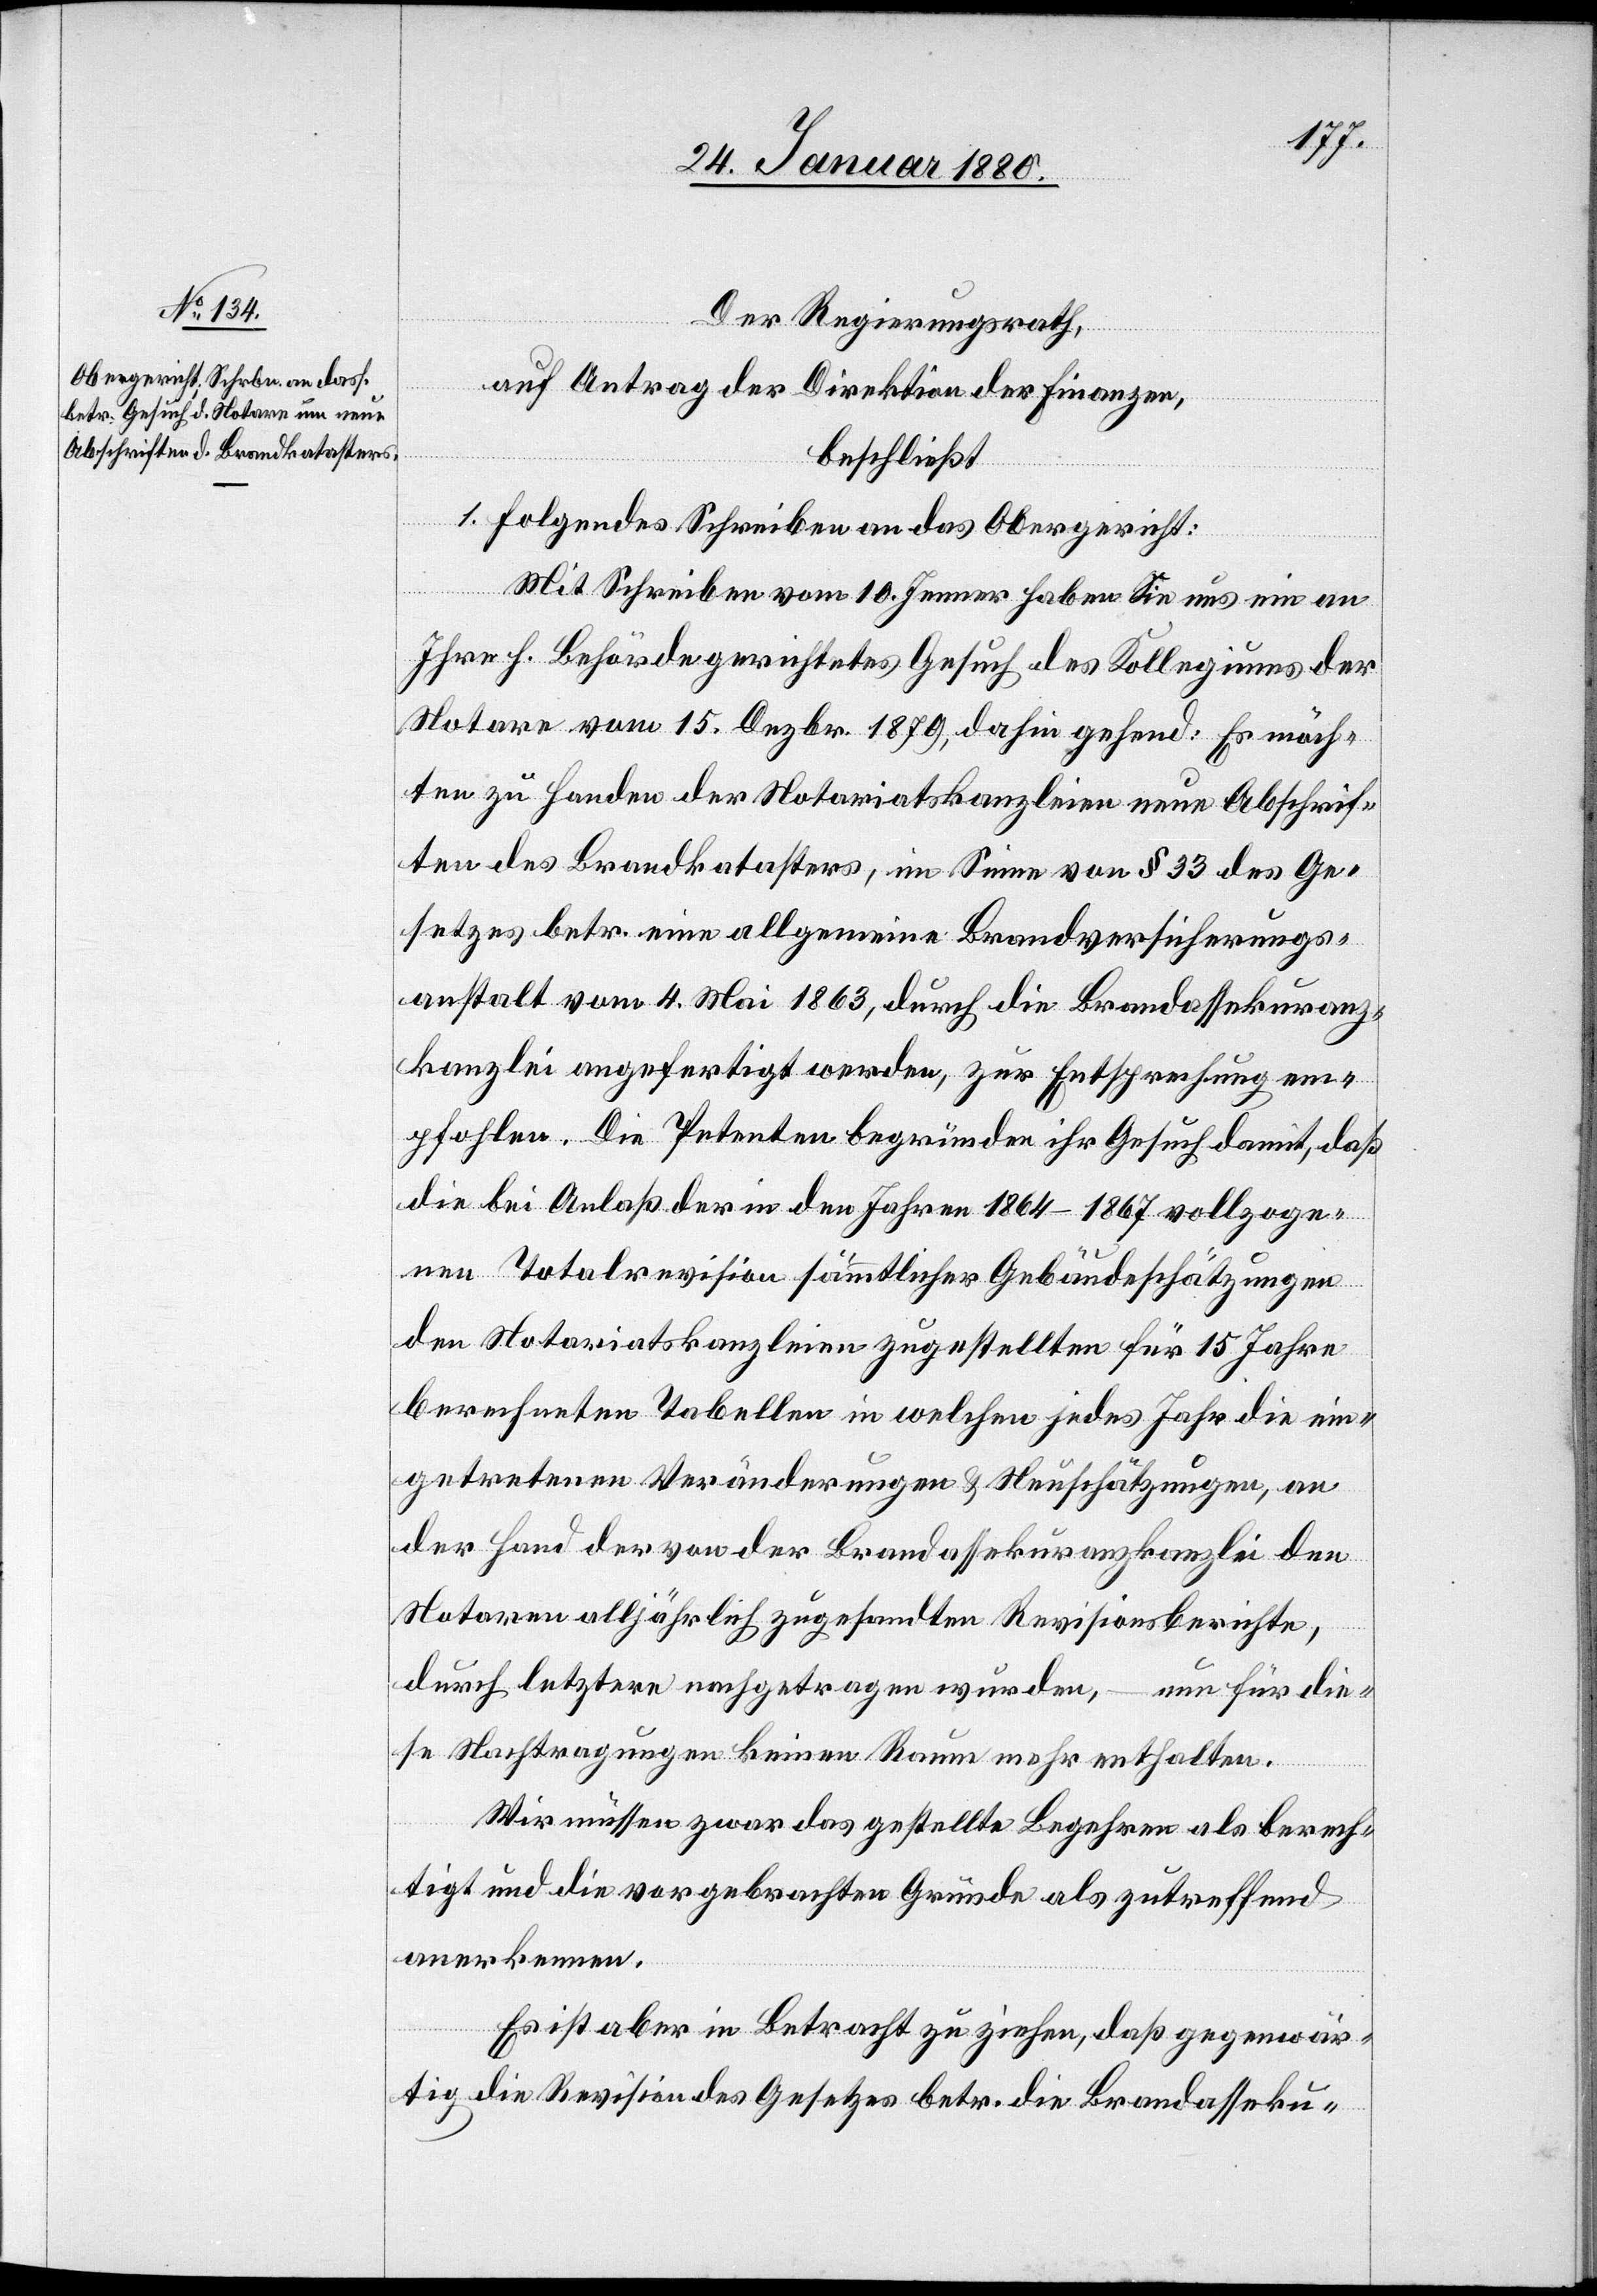
Der Regierungsrath;
auf Antrag der Direktion der Finanzen,
beschließt:
1. Folgendes Schreiben an das Obergericht:
Mit Schreiben vom 10. Jenner haben Sie uns ein an
Ihre h. Behörde gerichtetes Gesuch des Kollegiums der
Notare vom 15. Dezbr. 1879, dahingehend: Es möch¬
ten zu Handen der Notariatskanzleien neue Abschrif¬
ten des Brandkatasters, im Sinne von § 33 des Ge¬
setzes betr. eine allgemeine Brandversicherungs¬
anstalt vom 4. Mai 1863, durch die Brandassekuranz¬
kanzlei angefertigt werden, zur Entsprechung em¬
pfohlen. Die Petenten begründen ihr Gesuch damit, daß
die bei Anlaß der in den Jahren 1864–1867 vollzoge¬
nen Totalrevision sämmtlicher Gebäudeschätzungen
den Notariatskanzleien zugestellten für 15 Jahre
berechneten Tabellen in welchen jedes Jahr die ein¬
getretenen Veränderungen & Neuschätzungen, an
der Hand der von der Brandassekuranzkanzlei den
Notaren alljährlich zugesandten Revisionsberichte,
durch letztere nachgetragen wurden, – nun für die¬
se Nachtragung keinen Raum mehr enthalten.
Wir müssen zwar das gestellte Begehren als berech¬
tigt und die vorgebrachten Gründe als zutreffend
anerkennen.
Es ist aber in Betracht zu ziehen, daß gegenwär¬
tig die Revision des Gesetzes betr. die Brandasseku-